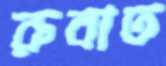
রুবাত